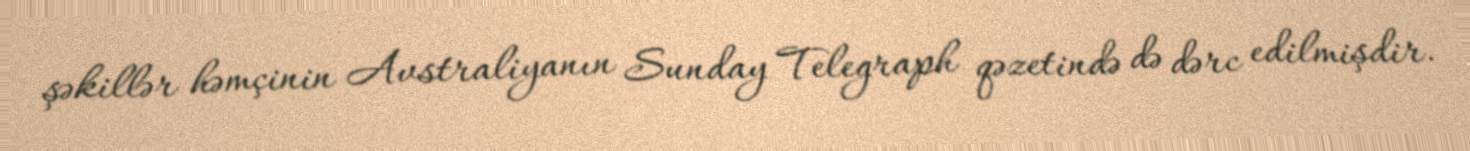
şəkillər həmçinin Avstraliyanın Sunday Telegraph qəzetində də dərc edilmişdir.